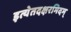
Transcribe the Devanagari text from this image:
इत्येतदक्षरमिदम्